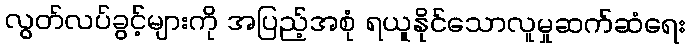
လွတ်လပ်ခွင့်များကို အပြည့်အစုံ ရယူနိုင်သောလူမှုဆက်ဆံရေး